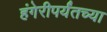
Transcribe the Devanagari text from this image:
हंगेरीपर्यंतच्या